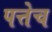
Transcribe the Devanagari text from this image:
पत्तेच